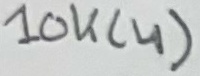
Text: 10K(4)